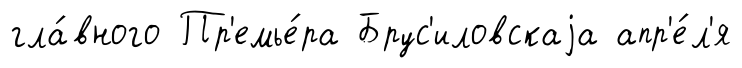
гла́вного Пр'емье́ра Брус'иловскаjа апр'е́л'я